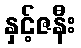
နှင့်ဇနီး